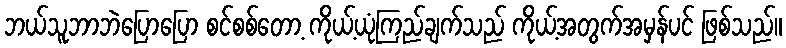
ဘယ်သူဘာဘဲပြောပြော စင်စစ်တော့ ကိုယ့်ယုံကြည်ချက်သည် ကိုယ့်အတွက်အမှန်ပင် ဖြစ်သည်။